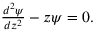
\begin{array} { r } { \frac { d ^ { 2 } \psi } { d z ^ { 2 } } - z \psi = 0 . } \end{array}